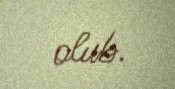
olub.